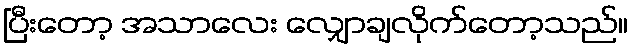
ပြီးတော့ အသာလေး လျှောချလိုက်တော့သည်။